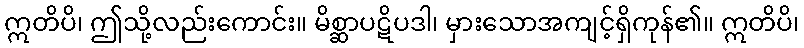
ဣတိပိ၊ ဤသို့လည်းကောင်း။ မိစ္ဆာပဋိပဒါ၊ မှားသောအကျင့်ရှိကုန်၏။ ဣတိပိ၊